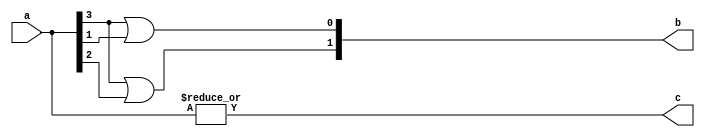
`timescale 1ns / 1ps
//////////////////////////////////////////////////////////////////////////////////
// Company: 
// Engineer: 
// 
// Design Name: 
// Module Name: Enc42a
// Project Name: 
// Target Devices: 
// Tool Versions: 
// Description: 
// 
// Dependencies: 
// 
// Revision:
// Revision 0.01 - File Created
// Additional Comments:
// 
//////////////////////////////////////////////////////////////////////////////////


module Enc42a(a, b, c) ;
    input [3:0] a ;
    output [1:0] b ;
    output c ;
    wire [1:0] b = {a[3] | a[2], a[3] | a[1]} ;
    wire c = |a ;
endmodule